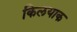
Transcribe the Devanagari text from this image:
किलयाक